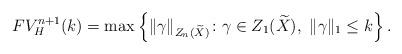
LaTeX: \begin{align*}FV_H^{n+1}(k)=\max\left\{ \| \gamma \|_{Z_n(\widetilde X)} \colon \gamma\in Z_1(\widetilde X),\ \| \gamma \|_1\leq k \right\}.\end{align*}